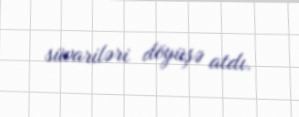
süvariləri döyüşə atdı.